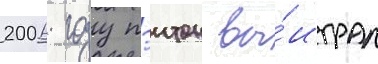
2006 году пэитон вы́играл